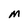
Character: M